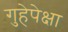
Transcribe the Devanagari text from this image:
गुहेपेक्षा